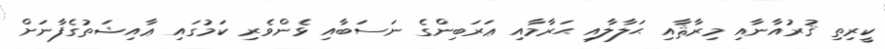
ކީރިތި ޤުރުއާނާއި މިރާޘާއި ޙަލާލާއި ޙަރާމާއި ޢަރަބިންގެ ނަސަބާއި ޅެންވެރި ކަމުގައި ޢާއިޝަތުގެފާނަށް